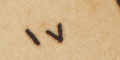
١٧